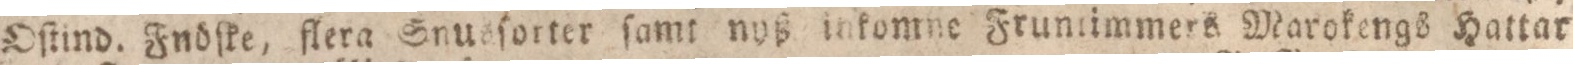
Oſtind. Fnöſke, flera Snusſorter ſamt nyß inkomme Fruntimmers Marokengs Hatter